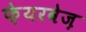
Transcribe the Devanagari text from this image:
फ़ेयरवेज़